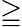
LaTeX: \geqq